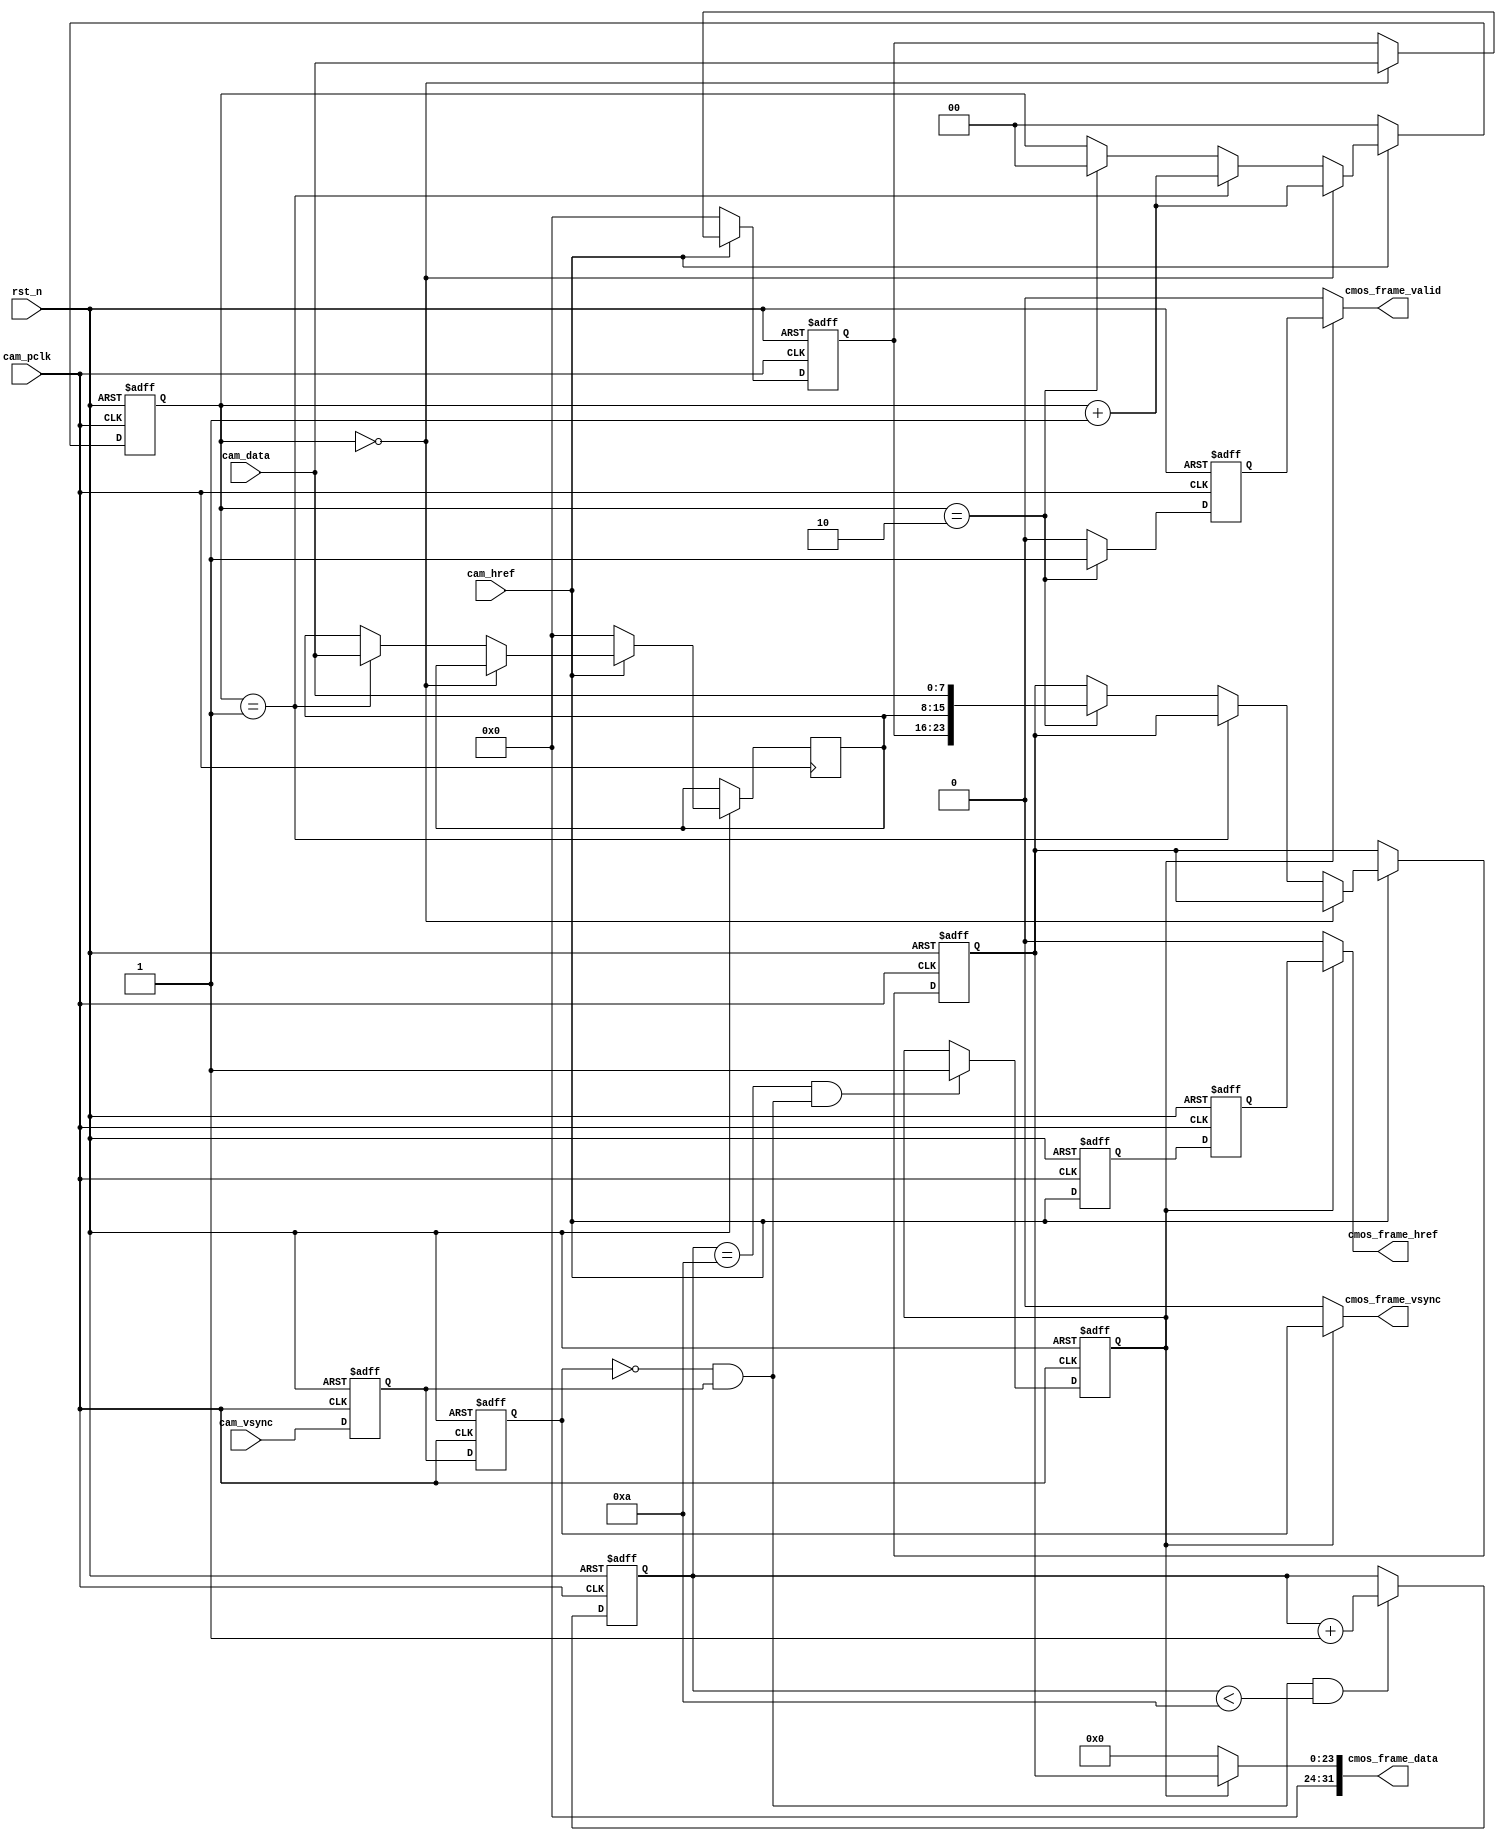
module cmos_capture_data(
    input                 rst_n            ,  //    
    //                           
    input                 cam_pclk         ,  //cmos 
    input                 cam_vsync        ,  //cmos 
    input                 cam_href         ,  //cmos 
    input  [7:0]          cam_data         ,                      
    //                              
    output                cmos_frame_vsync ,  //    
    output                cmos_frame_href  ,  //
    output                cmos_frame_valid ,  //
    output       [31:0]   cmos_frame_data     //        
    );

//10
//
parameter  WAIT_FRAME = 4'd10    ;            //            
							     
//reg define                     
reg             cam_vsync_d0     ;
reg             cam_vsync_d1     ;
reg             cam_href_d0      ;
reg             cam_href_d1      ;
reg    [3:0]    cmos_ps_cnt      ;            //
reg    [7:0]    cam_data_d0,cam_data_d1      ;            
reg    [23:0]   cmos_data_t      ;            //824
reg    [1:0]    byte_cnt         ;            //16RGB
reg             output_en        ;
reg             frame_val_flag   ;            // 

wire            pos_vsync        ;            //

//*****************************************************
//**                    main code
//*****************************************************

//
assign pos_vsync = (~cam_vsync_d1) & cam_vsync_d0; 

//
assign  cmos_frame_vsync = frame_val_flag  ?  cam_vsync_d1  :  1'b0; 

//
assign  cmos_frame_href  = frame_val_flag  ?  cam_href_d1   :  1'b0; 

//
assign  cmos_frame_valid = frame_val_flag  ?  output_en  :  1'b0; 

//
assign  cmos_frame_data  = frame_val_flag  ?  {8'b0,cmos_data_t}   :  1'b0; 
       
always @(posedge cam_pclk or negedge rst_n) begin
    if(!rst_n) begin
        cam_vsync_d0 <= 1'b0;
        cam_vsync_d1 <= 1'b0;
        cam_href_d0 <= 1'b0;
        cam_href_d1 <= 1'b0;
    end
    else begin
        cam_vsync_d0 <= cam_vsync;
        cam_vsync_d1 <= cam_vsync_d0;
        cam_href_d0 <= cam_href;
        cam_href_d1 <= cam_href_d0;
    end
end

//
always @(posedge cam_pclk or negedge rst_n) begin
    if(!rst_n)
        cmos_ps_cnt <= 4'd0;
    else if(pos_vsync && (cmos_ps_cnt < WAIT_FRAME))
        cmos_ps_cnt <= cmos_ps_cnt + 4'd1;
end

//
always @(posedge cam_pclk or negedge rst_n) begin
    if(!rst_n)
        frame_val_flag <= 1'b0;
    else if((cmos_ps_cnt == WAIT_FRAME) && pos_vsync)
        frame_val_flag <= 1'b1;
    else;    
end            

///////////////////////////////////
//824RGB888        
always @(posedge cam_pclk or negedge rst_n) begin
    if(!rst_n) begin
        cmos_data_t <= 16'd0;
        cam_data_d0 <= 8'd0;
        byte_cnt <= 2'b0;
    end
    else if(cam_href) begin
        // byte_flag <= ~byte_flag;
        if(byte_cnt == 2'b00) begin
            cam_data_d0 <= cam_data;     
            byte_cnt <= byte_cnt + 1'b1;      
        end
        else if(byte_cnt == 2'b01) begin
            cam_data_d1 <= cam_data;
            byte_cnt <= byte_cnt + 1'b1;
        end
        else if(byte_cnt == 2'b10) begin
            cmos_data_t <= {cam_data_d0,cam_data_d1,cam_data};
            byte_cnt <= 2'b00;
        end
        else;   
    end
    else begin
        byte_cnt <= 1'b0;
        cam_data_d0 <= 8'b0;
        cam_data_d1 <= 8'b0;
    end    
end       

//(cmos_frame_valid)
always @(posedge cam_pclk or negedge rst_n) begin
    if(!rst_n)
        output_en <= 1'b0;
    else if(byte_cnt == 2'b10)
        output_en <= 1'b1;	
    else
        output_en <= 1'b0;	
end 
///////////////////////////////////


       
endmodule